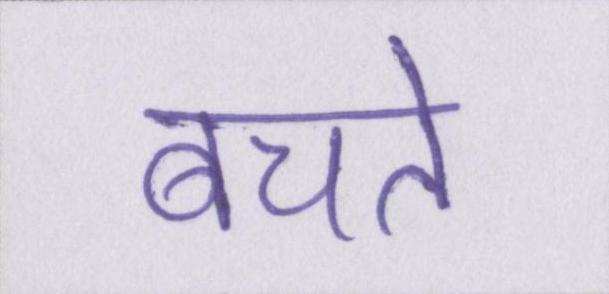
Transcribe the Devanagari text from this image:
बचते